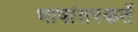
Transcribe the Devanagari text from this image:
भाषांतरकर्ते